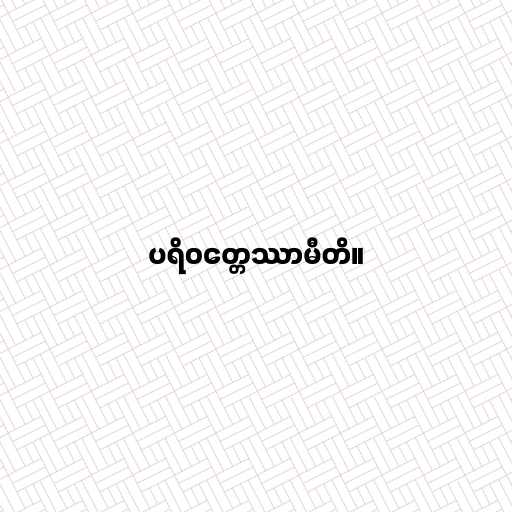
ပရိဝတ္တေဿာမီတိ။